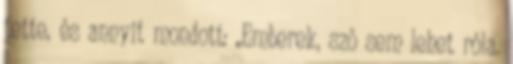
tette, és annyit mondott: „Emberek, szó sem lehet róla.